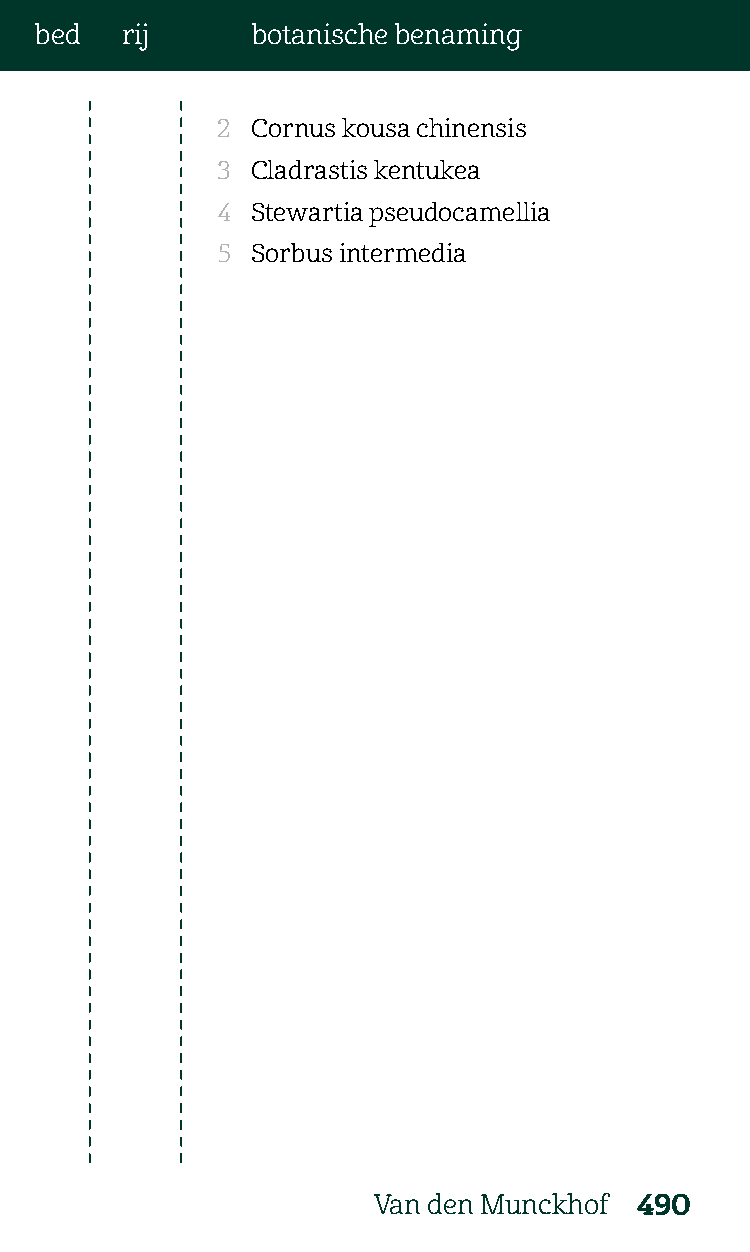
bed   rij      botanische benaming
 2  Cornus kousa chinensis
 3  Cladrastis kentukea
 4  Stewartia pseudocamellia
 5  Sorbus intermedia
 Van den Munckhof 490